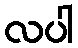
လပါ